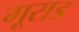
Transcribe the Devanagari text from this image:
गूराड